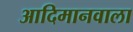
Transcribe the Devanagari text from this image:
आदिमानवाला